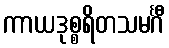
ကာယဒုစ္စရိတသမင်္ဂီ